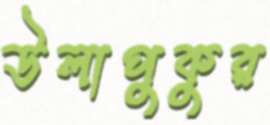
উলাপুকুর